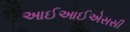
આઈઆઈએસસી